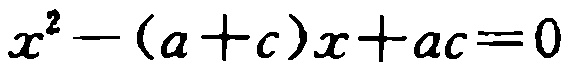
\(x^{2}-(a + c)x + ac = 0\)